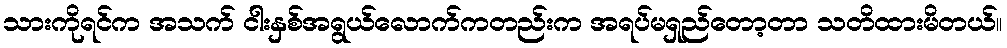
သားကိုရင်က အသက် ငါးနှစ်အရွယ်လောက်ကတည်းက အရပ်မရှည်တော့တာ သတိထားမိတယ်။